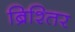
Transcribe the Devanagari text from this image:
ब्रिश्तिर